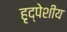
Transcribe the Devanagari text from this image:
हृद्पेशीय